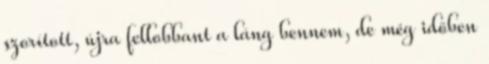
szorított, újra fellobbant a láng bennem, de még időben